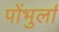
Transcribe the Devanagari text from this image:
पोंभुर्ला